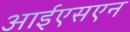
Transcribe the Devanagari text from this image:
आईएसएन